King Institute of Preventive Medicine Micro-Biological Section reports 1912-19
Year: 1912
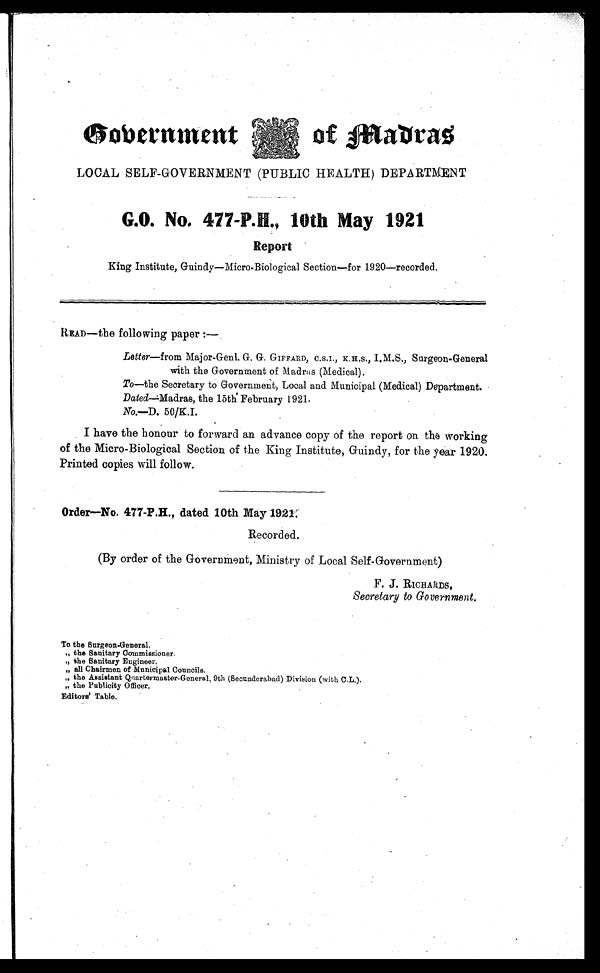
of Madras
Government
LOCAL SELF-GOVERNMENT (PUBLIC HEALTH) DEPARTMENT
G.O. No. 477-P.H., 10th May 1921
Report
King Institute, Guindy—Micro-Biological Section—for 1920—recorded.
READ—the following paper :—
Letter—from Major-Genl. G. G. GIFFARD, C.S.I., K.H.S., I.M.S., Surgeon-General
with the Government of Madras (Medical).
To—the Secretary to Government, Local and Municipal (Medical) Department.
Dated—Madras, the 15th February 1921.
No.—D. 50/K.I.
I have the honour to forward an advance copy of the report on the working
of the Micro-Biological Section of the King Institute, Guindy, for the year 1920.
Printed copies will follow.
Order—No. 477-P.H., dated 10th May 1921
.
Recorded.
(By order of the Government, Ministry of Local Self-Government)
F. J. RICHARDS,
Secretary to Government.
To the Surgeon-General.
„ the Sanitary Commissioner.
„ the Sanitary Engineer.
„ all Chairmen of Municipal Councils.
„ the Assistant Quartermaster-General, 9th (Secunderabad) Division (with C.L.).
„ the Publicity Officer.
Editors' Table.